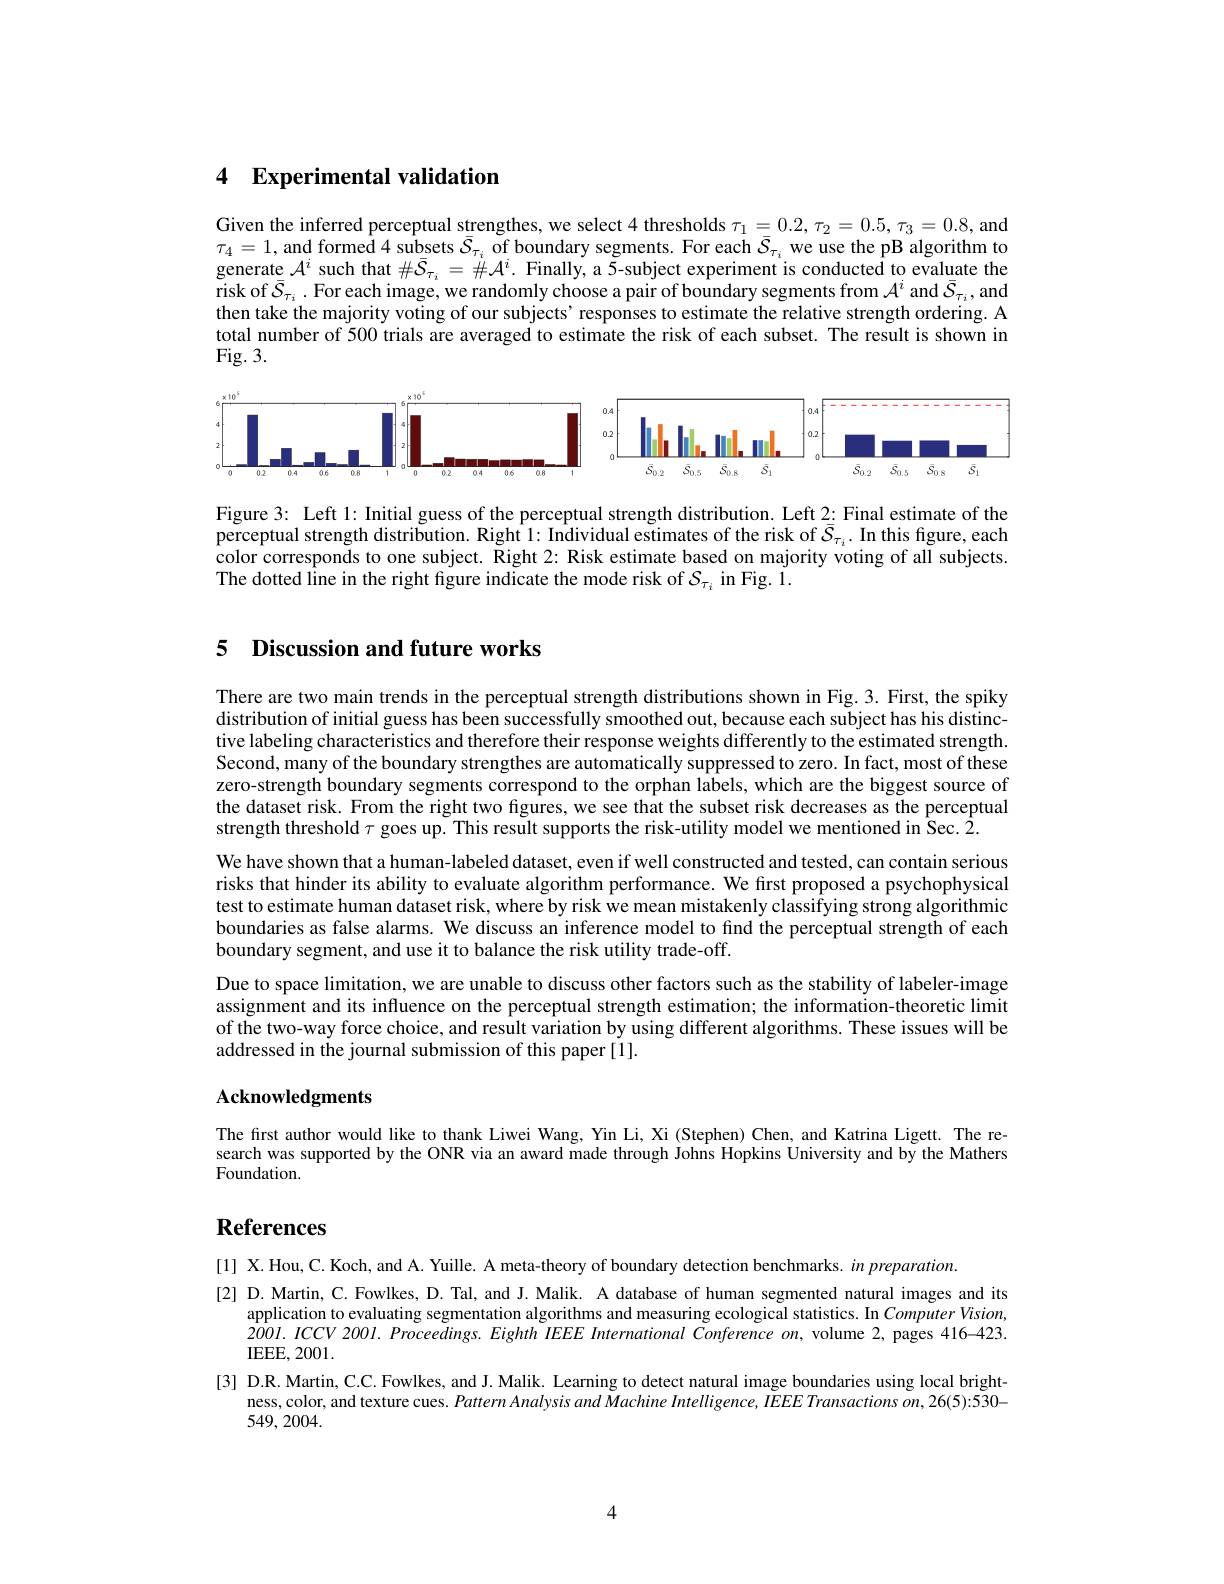
## 4 Experimental validation

Given the inferred perceptual strengthes, we select 4 thresholds $\tau_1=0.2,\tau_2=0.5,\tau_3=0.8$,and $\tau_4=1$, and formed 4 subsets $\bar{\mathcal{S}}_\tau_i$ of boundary segments. For each $\bar{\mathcal{S}}_\tau_i$ we use the pB algorithm to generate $\mathcal{A}^i$ such that $\#\bar{\mathcal{S}}_\tau_i=\#\mathcal{A}^i.$ Finally, a $\tilde{5}$-subject experiment is conducted to evaluate the risk of $\bar{S}_{\tau_i}.$ For each image, we randomly choose a pair of boundary segments from $\mathcal{A}^i$ and $\bar{S}_{\tau_i}$,and then take the majority voting of our subjects' responses to estimate the relative strength ordering. A total number of 500 trials are averaged to estimate the risk of each subset. The result is shown in Fig. 3.

<FigureHere>

Figure 3: Left 1: Initial guess of the perceptual strength distribution. Left 2: Final estimate of the perceptual strength distribution. Right 1: Individual estimates of the risk of $\bar{S}_{\tau_i}.$ In this figure, each color corresponds to one subject. Right 2: Risk estimate based on majority voting of all subjects. The dotted line in the right figure indicate the mode risk of $\mathcal{S}_{\tau_{i}}$ in Fig. 1.

## 5 Discussion and future works

There are two main trends in the perceptual strength distributions shown in Fig. 3. First, the spiky distribution of initial guess has been successfully smoothed out, because each subject has his distinctive labeling characteristics and therefore their response weights differently to the estimated strength. Second, many of the boundary strengthes are automatically suppressed to zero. In fact, most of these zero-strength boundary segments correspond to the orphan labels, which are the biggest source of the dataset risk. From the right two figures, we see that the subset risk decreases as the perceptual strength threshold $\tau$ goes up. This result supports the risk-utility model we mentioned in Sec. 2.
We have shown that a human-labeled dataset, even if well constructed and tested, can contain serious risks that hinder its ability to evaluate algorithm performance. We first proposed a psychophysical test to estimate human dataset risk, where by risk we mean mistakenly classifying strong algorithmic boundaries as false alarms. We discuss an inference model to find the perceptual strength of each boundary segment, and use it to balance the risk utility trade-off.
Due to space limitation, we are unable to discuss other factors such as the stability of labeler-image assignment and its influence on the perceptual strength estimation; the information-theoretic limit of the two-way force choice, and result variation by using different algorithms. These issues will be addressed in the journal submission of this paper [1].

## Acknowledgments

The first author would like to thank Liwei Wang, Yin Li, Xi (Stephen) Chen, and Katrina Ligett. The research was supported by the ONR via an award made through Johns Hopkins University and by the Mathers Foundation.

# References

[1] X.Hou, C. Koch, and A. Yuille. A meta-theory of boundary detection benchmarks. in preparation.
[2] D. Martin, C. Fowlkes, D. Tal, and J. Malik. A database of human segmented natural images and its
application to evaluating segmentation algorithms and measuring ecological statistics. In Computer Vision, $2001.ICCV200I.Proceedings.EighthIEEE$ International Conference on, volume 2, pages 416-423. IEEE, 2001.
[3] D.R. Martin, C.C. Fowlkes, and J. Malik. Learning to detect natural image boundaries using local bright-
ness, color, and texture cues. Pattern Analysis and Machine Intelligence, IEEE Transactions on, 26(5):530-
549,2004.